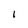
Character: I